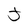
Character: J